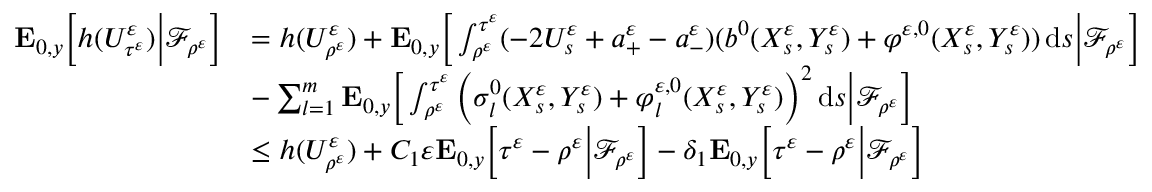
\begin{array} { r l } { \mathbf { E } _ { 0 , y } \Big [ h ( U _ { \tau ^ { \varepsilon } } ^ { \varepsilon } ) \Big | \mathscr { F } _ { \rho ^ { \varepsilon } } \Big ] } & { = h ( U _ { \rho ^ { \varepsilon } } ^ { \varepsilon } ) + \mathbf { E } _ { 0 , y } \Big [ \int _ { \rho ^ { \varepsilon } } ^ { \tau ^ { \varepsilon } } ( - 2 U _ { s } ^ { \varepsilon } + a _ { + } ^ { \varepsilon } - a _ { - } ^ { \varepsilon } ) ( b ^ { 0 } ( X _ { s } ^ { \varepsilon } , Y _ { s } ^ { \varepsilon } ) + \varphi ^ { \varepsilon , 0 } ( X _ { s } ^ { \varepsilon } , Y _ { s } ^ { \varepsilon } ) ) \, \mathrm { d } s \Big | \mathscr { F } _ { \rho ^ { \varepsilon } } \Big ] } \\ & { - \sum _ { l = 1 } ^ { m } \mathbf { E } _ { 0 , y } \Big [ \int _ { \rho ^ { \varepsilon } } ^ { \tau ^ { \varepsilon } } \Big ( \sigma _ { l } ^ { 0 } ( X _ { s } ^ { \varepsilon } , Y _ { s } ^ { \varepsilon } ) + \varphi _ { l } ^ { \varepsilon , 0 } ( X _ { s } ^ { \varepsilon } , Y _ { s } ^ { \varepsilon } ) \Big ) ^ { 2 } \, \mathrm { d } s \Big | \mathscr { F } _ { \rho ^ { \varepsilon } } \Big ] } \\ & { \leq h ( U _ { \rho ^ { \varepsilon } } ^ { \varepsilon } ) + C _ { 1 } \varepsilon \mathbf { E } _ { 0 , y } \Big [ \tau ^ { \varepsilon } - \rho ^ { \varepsilon } \Big | \mathscr { F } _ { \rho ^ { \varepsilon } } \Big ] - \delta _ { 1 } \mathbf { E } _ { 0 , y } \Big [ \tau ^ { \varepsilon } - \rho ^ { \varepsilon } \Big | \mathscr { F } _ { \rho ^ { \varepsilon } } \Big ] } \end{array}